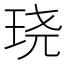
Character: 𮴗